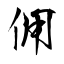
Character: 佣